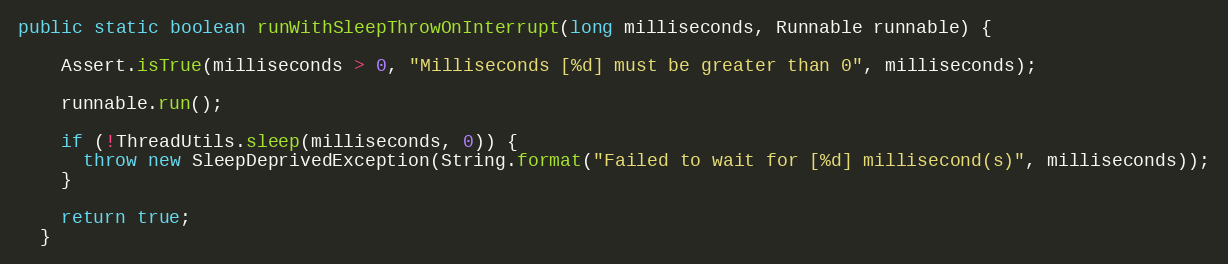
Language: Java
public static boolean runWithSleepThrowOnInterrupt(long milliseconds, Runnable runnable) {

    Assert.isTrue(milliseconds > 0, "Milliseconds [%d] must be greater than 0", milliseconds);

    runnable.run();

    if (!ThreadUtils.sleep(milliseconds, 0)) {
      throw new SleepDeprivedException(String.format("Failed to wait for [%d] millisecond(s)", milliseconds));
    }

    return true;
  }